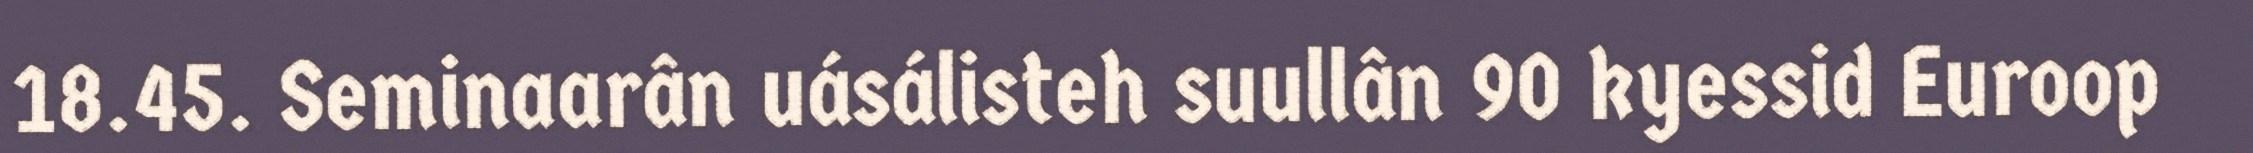
18.45. Seminaarân uásálisteh suullân 90 kyessid Euroop